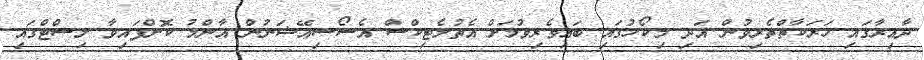
ދާއިރާގައި ހަރަކާތްތެރިވުން އަދި މިކޯހުގައި ބައިވެރިވުމަށް އެތުލެޓިކްސް އެސޯސިއޭޝަނުން އާންމު ކޮށްފައިވާ ލިސްޓްގައި